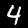
Digit: 4